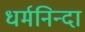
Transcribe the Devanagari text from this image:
धर्मनिन्दा